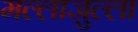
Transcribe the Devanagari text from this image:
मल्लाजुल्ला